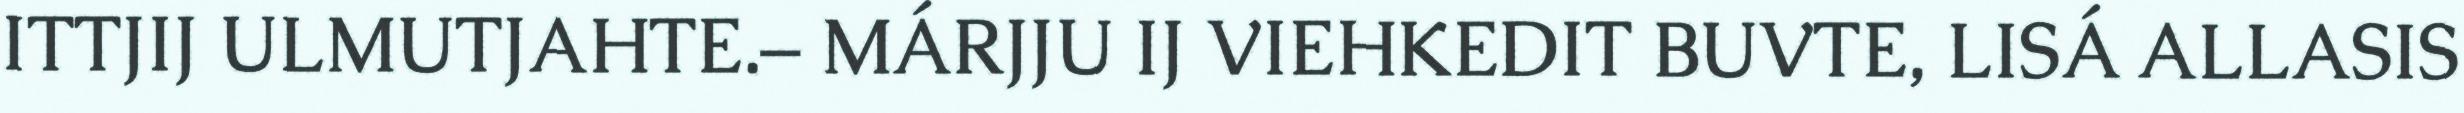
ITTJIJ ULMUTJAHTE.– MÁRJJU IJ VIEHKEDIT BUVTE, LISÁ ALLASIS